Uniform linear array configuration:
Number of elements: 16
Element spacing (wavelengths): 1
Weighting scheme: binomial
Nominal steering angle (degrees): -45
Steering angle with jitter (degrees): -45.076
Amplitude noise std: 0.05
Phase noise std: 0.05

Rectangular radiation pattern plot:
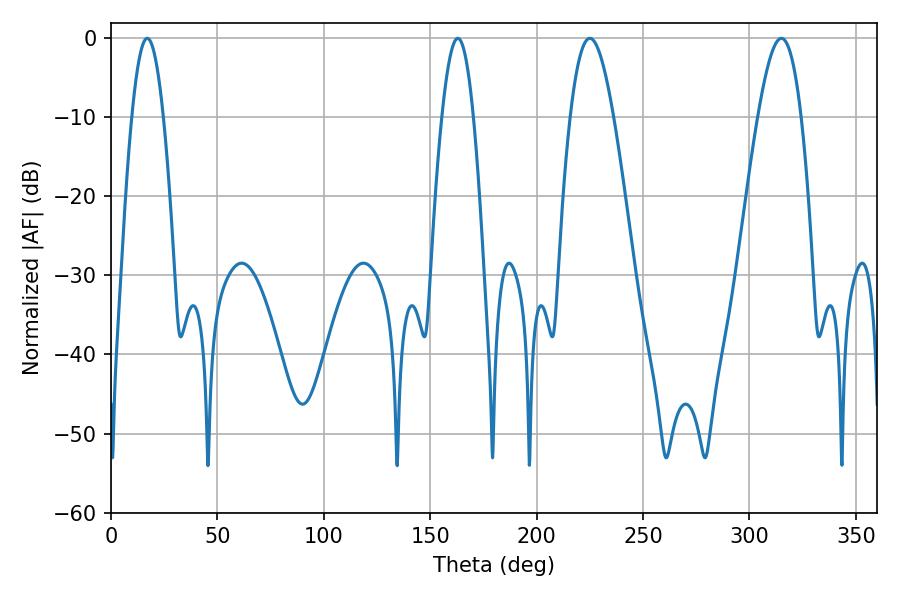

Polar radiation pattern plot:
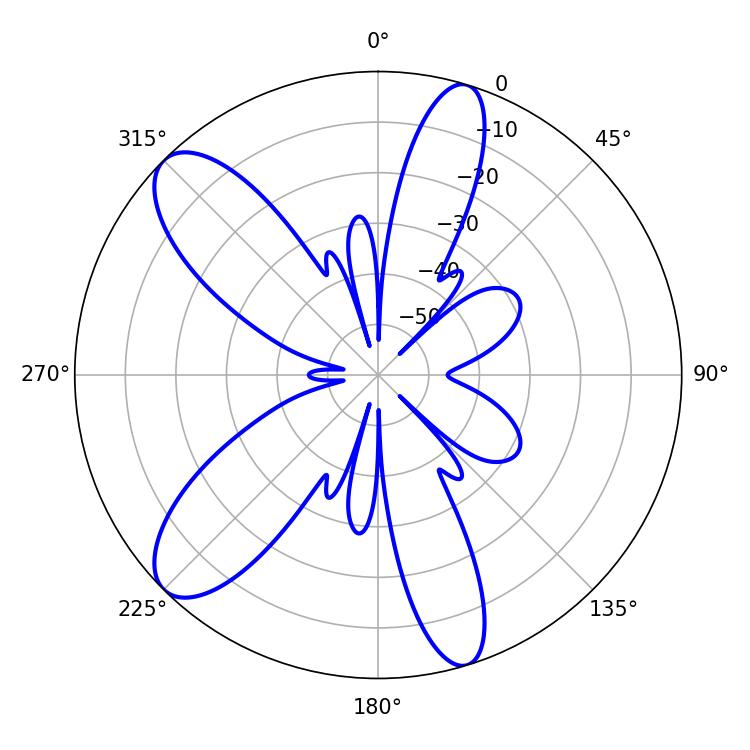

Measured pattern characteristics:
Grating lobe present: TRUE
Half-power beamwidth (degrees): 10.98
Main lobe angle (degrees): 225